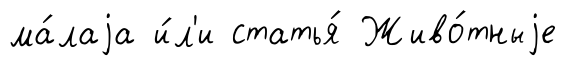
ма́лаjа и́л'и статья́ Живо́тныjе